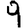
Digit: 9